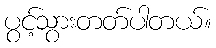
ပွင့်သွားတတ်ပါတယ်။